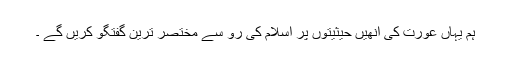
ہم یہاں عورت کی انھیں حیثیتوں پر اسلام کی رو سے مختصر ترین گفتگو کریں گے ۔